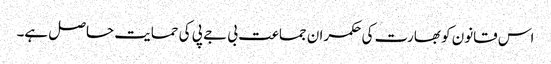
اس قانون کو بھارت کی حکمران جماعت بی جے پی کی حمایت حاصل ہے۔